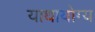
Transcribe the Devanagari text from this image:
याथायोग्य